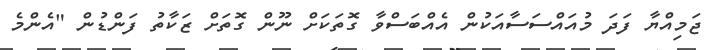
ޖަމިއްޔާ ފަދަ މުއައްސަސާއަކުން އެއްބަސްވާ ގޮތަކަށް ނޫން ގޮތަށް ޒަކާތު ފަންޑުން "އެންމެ